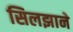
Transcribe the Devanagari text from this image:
सिलझाने